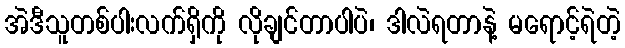
အဲဒီသူတစ်ပါးလက်ရှိကို လိုချင်တာပါပဲ၊ ဒါလဲရတာနဲ့ မရောင့်ရဲတဲ့